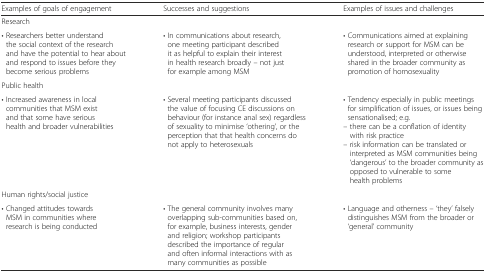
<table><thead><tr><td><b>Examples of goals of engagement</b></td><td><b>Successes and suggestions</b></td><td><b>Examples of issues and challenges</b></td></tr></thead><tbody><tr><td colspan="3">Research</td></tr><tr><td>• Researchers better understand the social context of the research and have the potential to hear about and respond to issues before they become serious problems</td><td>• In communications about research, one meeting participant described it as helpful to explain their interest in health research broadly – not just for example among MSM</td><td>• Communications aimed at explaining research or support for MSM can be understood, interpreted or otherwise shared in the broader community as promotion of homosexuality</td></tr><tr><td colspan="3">Public health</td></tr><tr><td>• Increased awareness in local communities that MSM exist and that some have serious health and broader vulnerabilities</td><td>• Several meeting participants discussed the value of focusing CE discussions on behaviour (for instance anal sex) regardless of sexuality to minimise ‘othering’, or the perception that that health concerns do not apply to heterosexuals</td><td>• Tendency especially in public meetings for simplification of issues, or issues being sensationalised; e.g.– there can be a conflation of identity with risk practice– risk information can be translated or interpreted as MSM communities being ‘dangerous’ to the broader community as opposed to vulnerable to some health problems</td></tr><tr><td colspan="3">Human rights/social justice</td></tr><tr><td>• Changed attitudes towards MSM in communities where research is being conducted</td><td>• The general community involves many overlapping sub-communities based on, for example, business interests, gender and religion; workshop participants described the importance of regular and often informal interactions with as many communities as possible</td><td>• Language and otherness – ‘they’ falsely distinguishes MSM from the broader or ‘general’ community</td></tr></tbody></table>